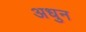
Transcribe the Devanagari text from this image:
अधुन